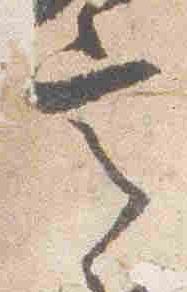
定